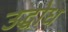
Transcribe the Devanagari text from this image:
उद्घोध